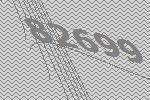
82699